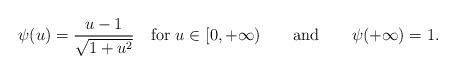
LaTeX: \begin{align*}\psi(u)={u-1\over \sqrt{1+u^{2}}}\quad\mbox{for }u\in [0,+\infty)\qquad\mbox{and}\qquad\psi(+\infty)=1.\end{align*}